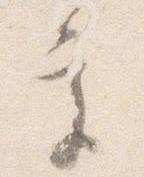
乎